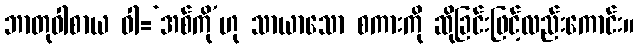
ဘာတုဝါစာယ ဝါ=‘အစ်ကို’ဟု သာယာသော စကားကို ဆိုခြင်းဖြင့်လည်းကောင်း။